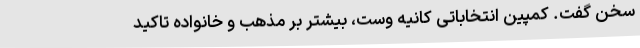
سخن گفت. کمپین انتخاباتی کانیه وست، بیشتر بر مذهب و خانواده تاکید